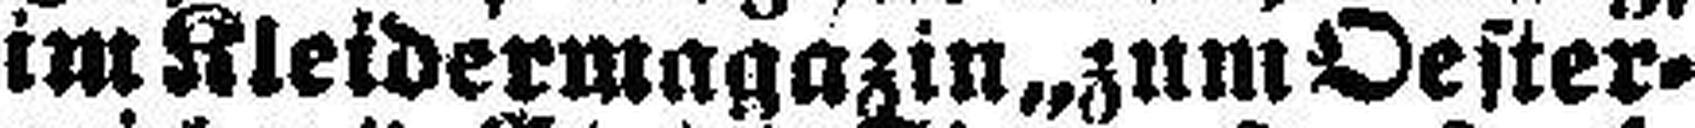
im Kleidermagazin „zum Oester¬